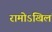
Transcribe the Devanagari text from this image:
रामोऽखिलं